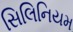
સિલિનિયમ